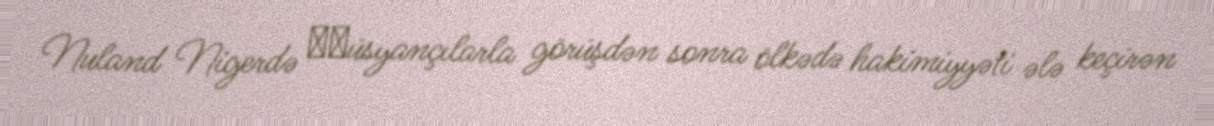
Nuland Nigerdə ​​üsyançılarla görüşdən sonra ölkədə hakimiyyəti ələ keçirən